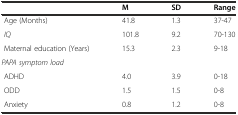
|  | M | SD | Range |
 | --- | --- | --- | --- |
 | Age (Months) | 41.8 | 1.3 | 37-47 |
 | IQ | 101.8 | 9.2 | 70-130 |
 | Maternal education (Years) | 15.3 | 2.3 | 9-18 |
 | PAPA symptom load |  |  |  |
 | ADHD | 4.0 | 3.9 | 0-18 |
 | ODD | 1.5 | 1.5 | 0-8 |
 | Anxiety | 0.8 | 1.2 | 0-8 |